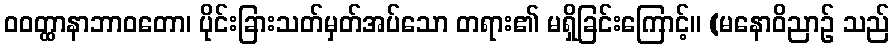
ဝဝတ္ထာနာဘာဝတော၊ ပိုင်းခြားသတ်မှတ်အပ်သော တရား၏ မရှိခြင်းကြောင့်။ (မနောဝိညာဉ် သည်